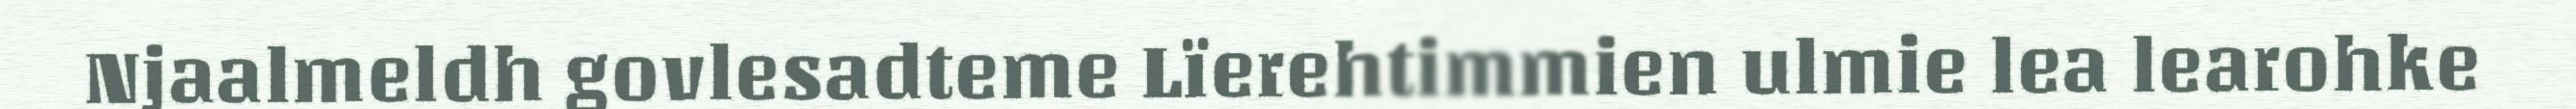
Njaalmeldh govlesadteme Lïerehtimmien ulmie lea learohke